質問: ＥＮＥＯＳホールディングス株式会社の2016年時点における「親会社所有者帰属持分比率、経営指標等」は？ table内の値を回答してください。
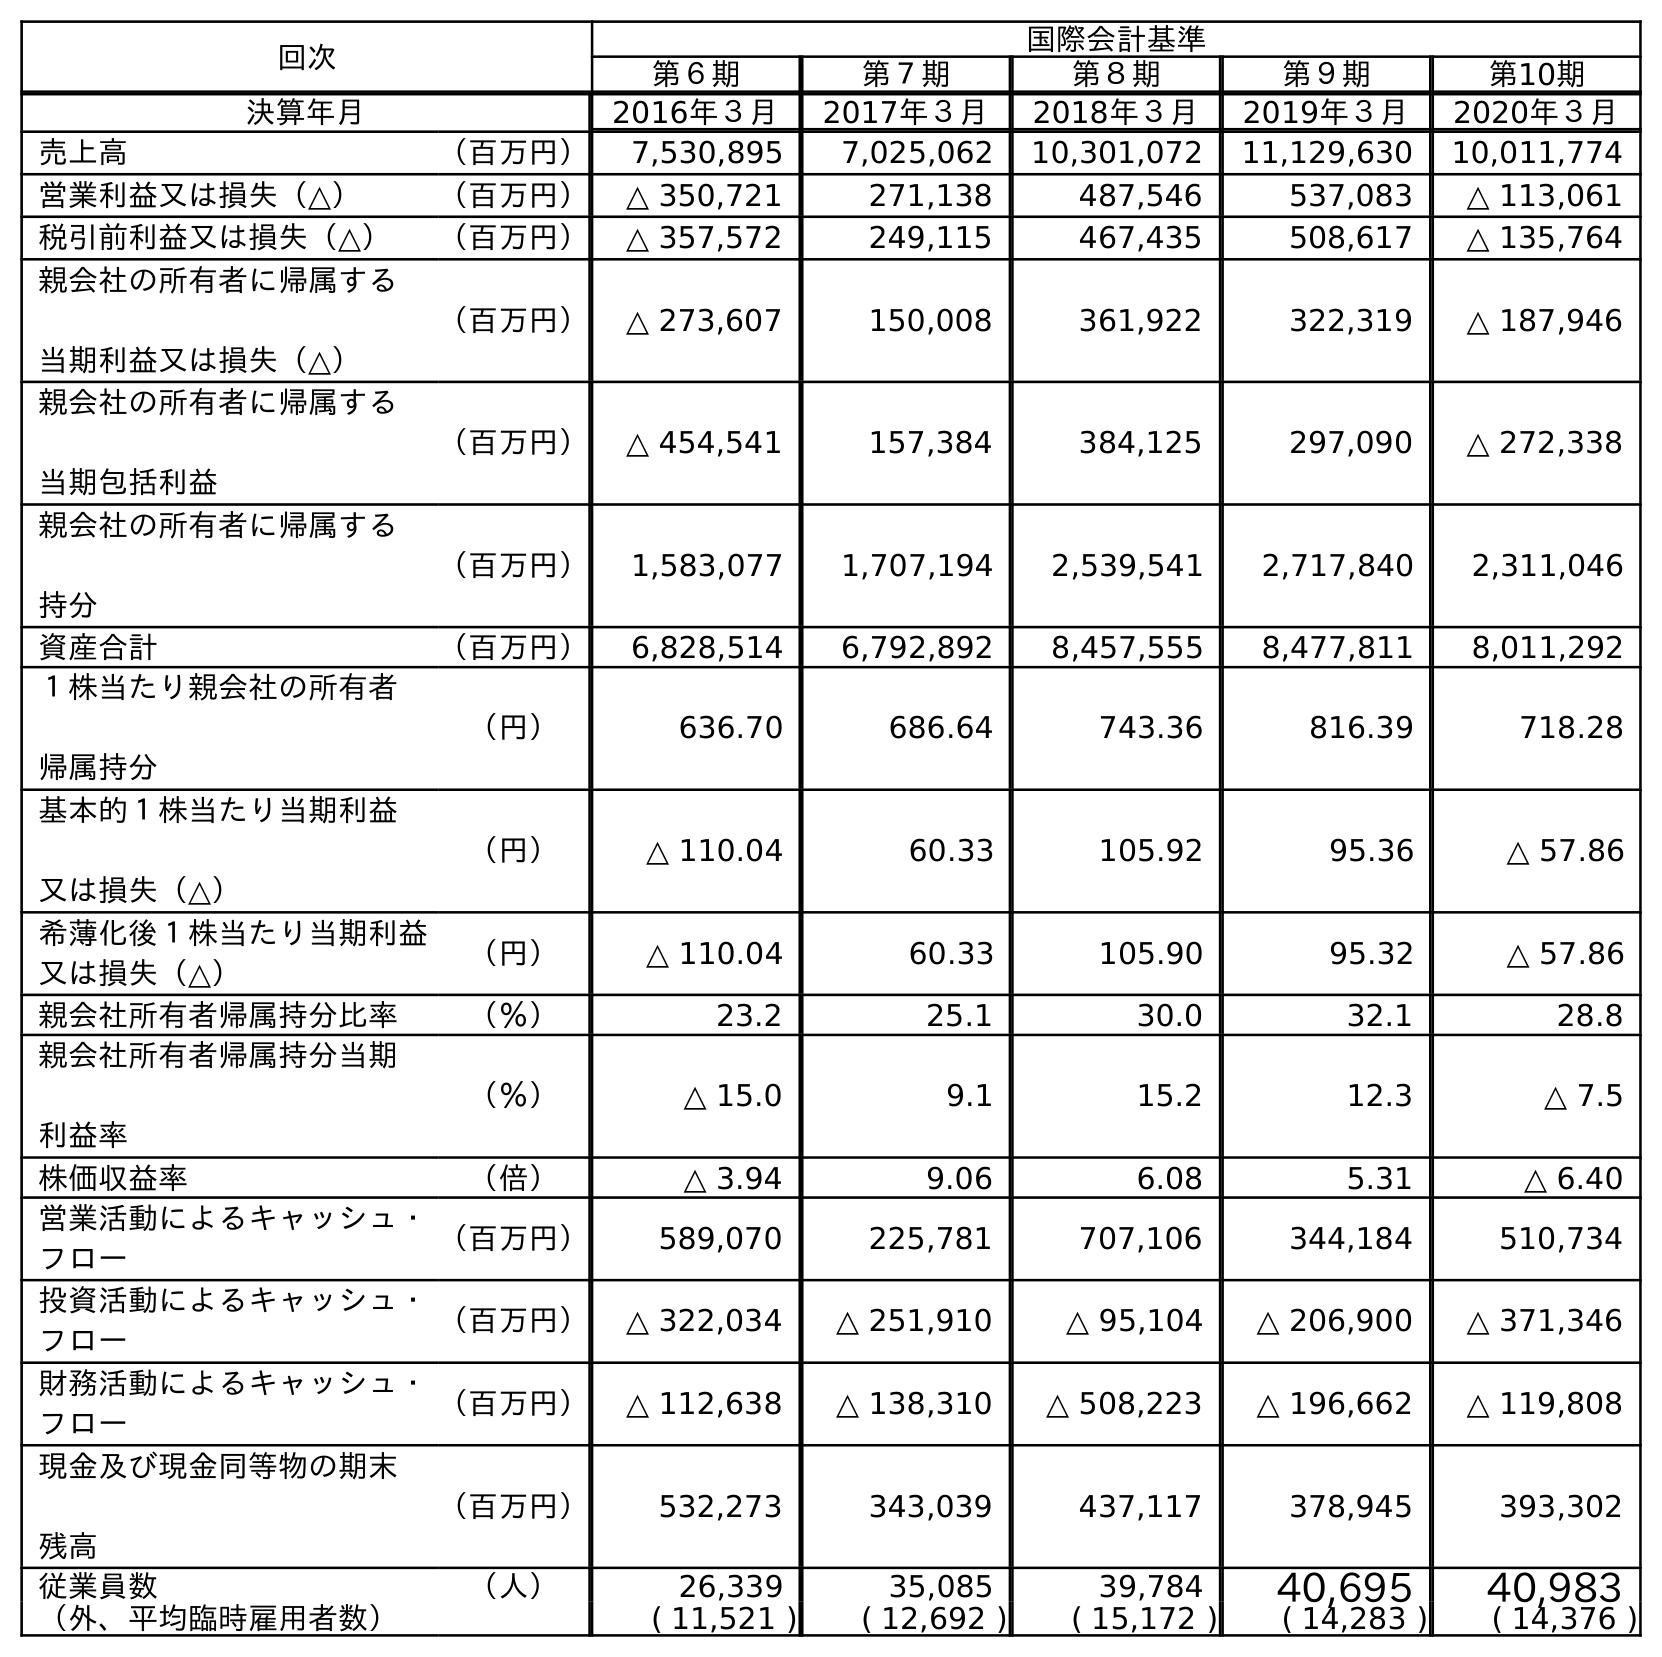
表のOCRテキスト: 回次 国際会計基準 第６期 第７期 第８期 第９期 第10期 決算年月 2016年３月 2017年３月 2018年３月 2019年３月 2020年３月 売上高 （百万円） 7,530,895 7,025,062 10,301,072 11,129,630 10,011,774 営業利益又は損失（△） （百万円） △ 350,721 271,138 487,546 537,083 △ 113,061 税引前利益又は損失（△） （百万円） △ 357,572 249,115 467,435 508,617 △ 135,764 親会社の所有者に帰属する 当期利益又は損失（△） （百万円） △ 273,607 150,008 361,922 322,319 △ 187,946 親会社の所有者に帰属する 当期包括利益 （百万円） △ 454,541 157,384 384,125 297,090 △ 272,338 親会社の所有者に帰属する 持分 （百万円） 1,583,077 1,707,194 2,539,541 2,717,840 2,311,046 資産合計 （百万円） 6,828,514 6,792,892 8,457,555 8,477,811 8,011,292 １株当たり親会社の所有者 帰属持分 （円） 636.70 686.64 743.36 816.39 718.28 基本的１株当たり当期利益 又は損失（△） （円） △ 110.04 60.33 105.92 95.36 △ 57.86 希薄化後１株当たり当期利益 又は損失（△） （円） △ 110.04 60.33 105.90 95.32 △ 57.86 親会社所有者帰属持分比率 （％） 23.2 25.1 30.0 32.1 28.8 親会社所有者帰属持分当期 利益率 （％） △ 15.0 9.1 15.2 12.3 △ 7.5 株価収益率 （倍） △ 3.94 9.06 6.08 5.31 △ 6.40 営業活動によるキャッシュ・ フロー （百万円） 589,070 225,781 707,106 344,184 510,734 投資活動によるキャッシュ・ フロー （百万円） △ 322,034 △ 251,910 △ 95,104 △ 206,900 △ 371,346 財務活動によるキャッシュ・ フロー （百万円） △ 112,638 △ 138,310 △ 508,223 △ 196,662 △ 119,808 現金及び現金同等物の期末 残高 （百万円） 532,273 343,039 437,117 378,945 393,302 従業員数 （人） 26,339 35,085 39,784 40,695 40,983 （外、平均臨時雇用者数） ( 11,521 ) ( 12,692 ) ( 15,172 ) ( 14,283 ) ( 14,376 )
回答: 23.2